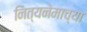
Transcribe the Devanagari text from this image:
नित्यनेमाच्या